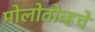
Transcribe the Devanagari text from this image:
मोलोतोव्हचे